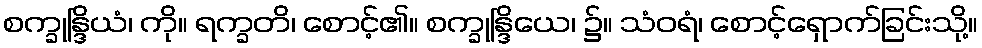
စက္ခုန္ဒြိယံ၊ ကို။ ရက္ခတိ၊ စောင့်၏။ စက္ခုန္ဒြိယေ၊ ၌။ သံဝရံ၊ စောင့်ရှောက်ခြင်းသို့။